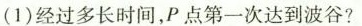
(1)经过多长时间，P点第一次达到波谷?